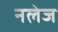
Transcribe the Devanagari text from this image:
नलेज